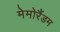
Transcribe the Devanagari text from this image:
मेमोरैंडम